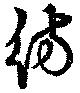
彷